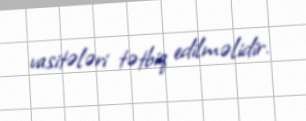
vasitələri tətbiq edilməlidir.